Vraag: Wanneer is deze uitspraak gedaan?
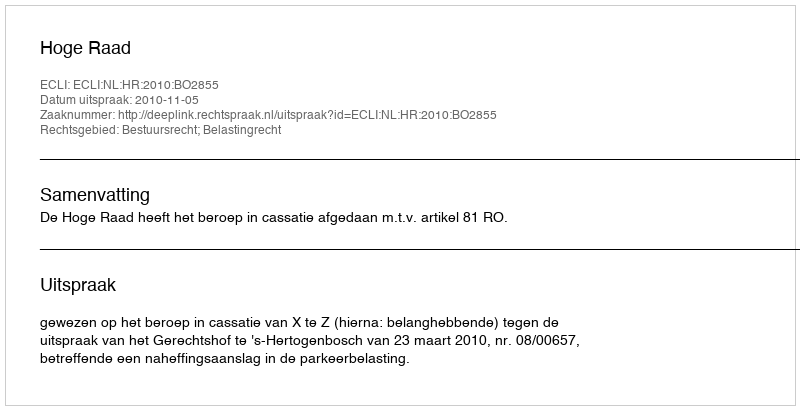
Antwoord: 2010-11-05